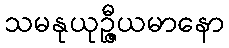
သမနုယုဉ္ဇီယမာနော